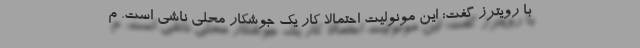
با رویترز گفت: این مونولیت احتمالا کار یک جوشکار محلی ناشی است. م